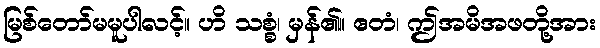
မြစ်တော်မမူပါလင့်။ ဟိ သစ္စံ၊ မှန်၏။ ဧတံ၊ ဤအမိအဖတို့အား